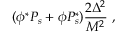
( \phi ^ { * } P _ { s } + \phi P _ { s } ^ { * } ) \frac { 2 \Delta ^ { 2 } } { M ^ { 2 } } \ ,